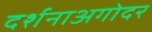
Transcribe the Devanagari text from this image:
दर्शनाअगोदर